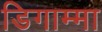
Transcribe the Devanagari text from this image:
डिगाम्मा